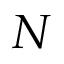
N